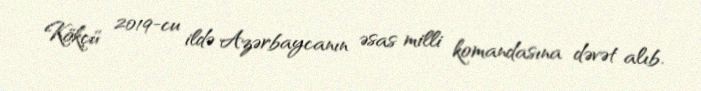
Kökçü 2019-cu ildə Azərbaycanın əsas milli komandasına dəvət alıb.